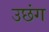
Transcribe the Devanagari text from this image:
उछंग